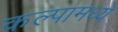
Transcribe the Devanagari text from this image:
कल्पामध्ये